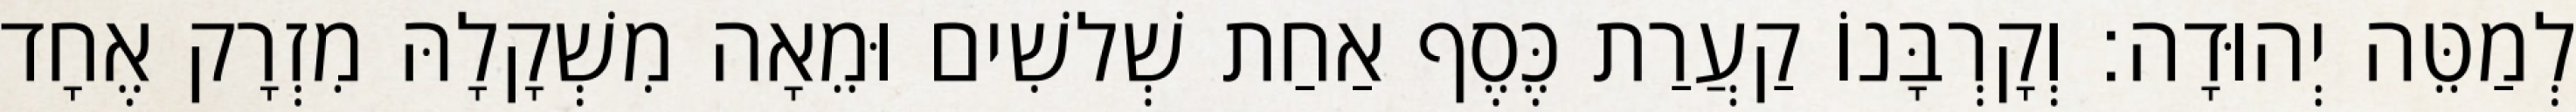
לְמַטֵּה יְהוּדָה׃ וְקָרְבָּנוֹ קַעֲרַת כֶּסֶף אַחַת שְׁלשִׁים וּמֵאָה מִשְׁקָלָהּ מִזְרָק אֶחָד